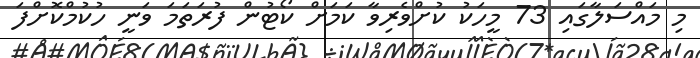
މި މައްސަލާގައި 73 މީހަކު ކުށްވެރިވާ ކަމަށް ކޯޓުން ފުރަތަމަ ވަނީ ހުކުމްކޮށްފަ